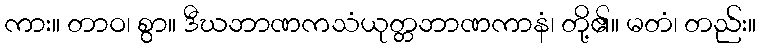
ကား။ တာဝ၊ စွာ။ ဒီဃဘာဏကသံယုတ္တဘာဏကာနံ၊ တို့၏။ မတံ၊ တည်း။